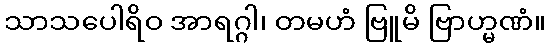
သာသပေါရိဝ အာရဂ္ဂါ၊ တမဟံ ဗြူမိ ဗြာဟ္မဏံ။